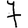
Digit: 7